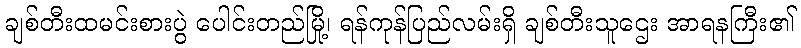
ချစ်တီးထမင်းစားပွဲ ပေါင်းတည်မြို့၊ ရန်ကုန်ပြည်လမ်းရှိ ချစ်တီးသူဌေး အာရနကြီး၏